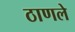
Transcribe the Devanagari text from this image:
ठाणले